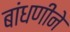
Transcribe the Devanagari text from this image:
बांधणीने